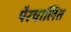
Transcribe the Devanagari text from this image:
पैरचालित